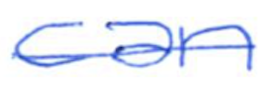
Text: can
Cross-out: single-line
Writing tool: ballpoint